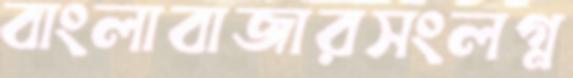
বাংলাবাজারসংলগ্ন